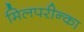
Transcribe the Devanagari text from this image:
मिलपरीन्का